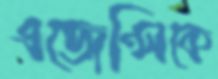
এজেন্সিকে